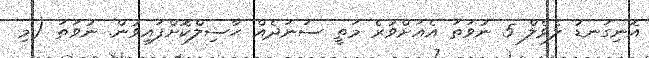
އޮނިގަނޑު ލެވެލް 5 ނުވަތަ އެއަށްވުރެ މަތީ ސަނަދެއް ޙާސިލްކޮށްފައިވުން. ނުވަތަ (މި